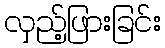
လှည့်ဖြားခြင်း